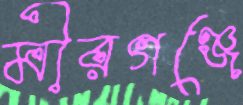
মীরগঞ্জে